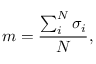
m = \frac { \sum _ { i } ^ { N } \sigma _ { i } } { N } ,